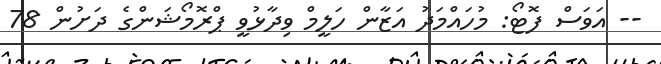
-- އަވަސް ފޮޓޯ: މުހައްމަދު އަޒާން ހަލީމް ވިދާޅުވީ ޕްރޮމޯޝަންގެ ދަށުން 78